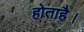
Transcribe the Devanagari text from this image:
होताहै।